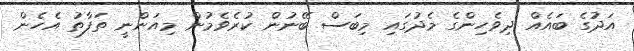
އަދުގެ ބައެއް ދިވެހިންގެ މެދުގައި މިބަސް ބޭނުން ކުރެވެމުން މިއަންނީ ތަފާތު އެހެން